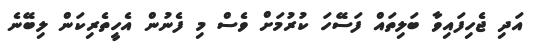
އަދި ޖެހިފައިވާ ބަލިތައް ފަސޭހަ ކުރުމަށް ވެސް މި ފެނުން އެހީތެރިކަން ލިބޭނެ